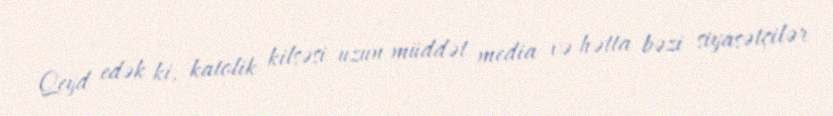
Qeyd edək ki, katolik kilsəsi uzun müddət media və hətta bəzi siyasətçilər